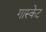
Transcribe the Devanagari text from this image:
गास्केट